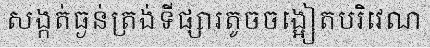
សង្កត់ធ្ងន់ត្រង់ទីផ្សារតូចចង្អៀតបរិវេណ